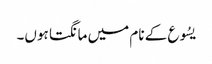
یسُوع کے نام میں مانگتا ہوں۔